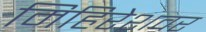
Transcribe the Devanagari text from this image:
मिहिरेशवर